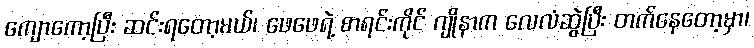
ကျောကော့ပြီး ဆင်းရတော့မယ်၊ ဖေဖေရဲ့ စာရင်းကိုင် ဂျိုနာက လေလံဆွဲပြီး တက်နေတော့မှာ၊